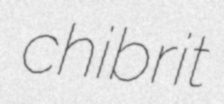
chibrit